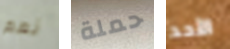
نعم حملة الأحد